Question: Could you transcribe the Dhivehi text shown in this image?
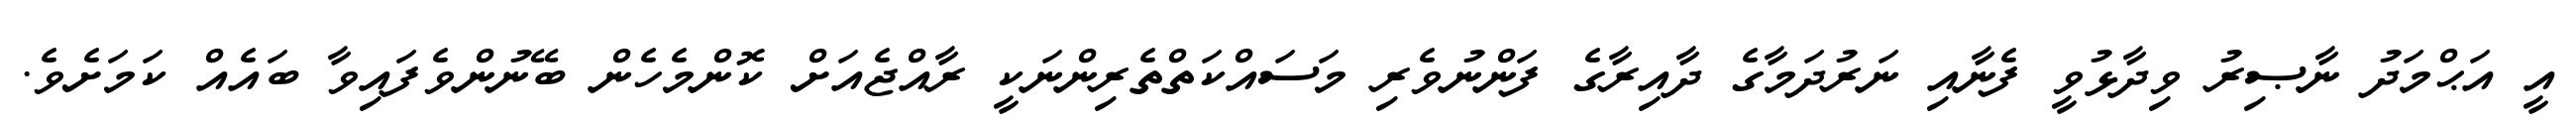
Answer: އީ އަޙްމަދު ނާޞިރު ވިދާޅުވީ ފެނާއި ނަރުދަމާގެ ދާއިރާގެ ފަންނުވެރި މަސައްކަތްތެރިންނަކީ ރާއްޖެއަށް ކޮންމެހެން ބޭނުންވެފައިވާ ބައެއް ކަމަށެވެ.